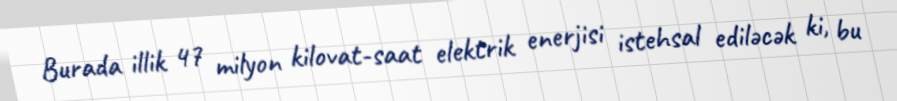
Burada illik 47 milyon kilovat-saat elektrik enerjisi istehsal ediləcək ki, bu